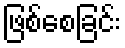
ဖြစ်စေခြင်း